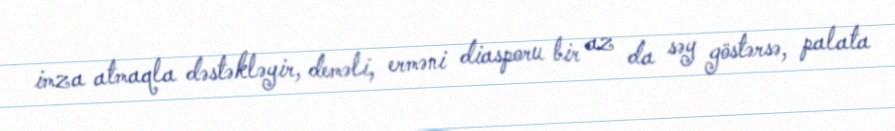
imza atmaqla dəstəkləyir, deməli, erməni diasporu bir az da səy göstərsə, palata